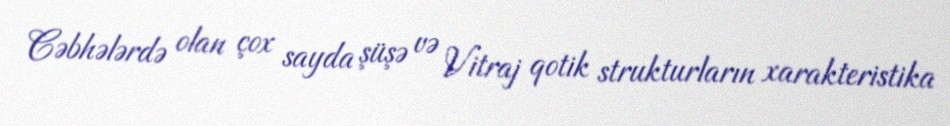
Cəbhələrdə olan çox sayda şüşə və Vitraj qotik strukturların xarakteristika